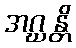
အဂ္ဃန္တိ